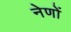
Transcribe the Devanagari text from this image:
नेणों